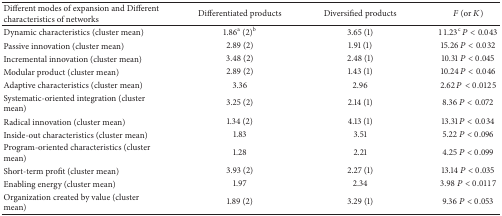
<table><thead><tr><td><b>Different modes of expansion and Different characteristics of networks</b></td><td><b>Differentiated products</b></td><td><b>Diversified products</b></td><td><b><i>F</i> (or <i>K</i>)</b></td></tr></thead><tbody><tr><td>Dynamic characteristics (cluster mean)</td><td>1.86<sup>a</sup> (2)<sup>b</sup></td><td>3.65 (1)</td><td>11.23<sup>c</sup> <i>P</i> &lt; 0.043</td></tr><tr><td>Passive innovation (cluster mean)</td><td>2.89 (2)</td><td>1.91 (1)</td><td>15.26 <i>P</i> &lt; 0.032</td></tr><tr><td>Incremental innovation (cluster mean)</td><td>3.48 (2)</td><td>2.48 (1)</td><td>10.31 <i>P</i> &lt; 0.045</td></tr><tr><td>Modular product (cluster mean)</td><td>2.89 (2)</td><td>1.43 (1)</td><td>10.24 <i>P</i> &lt; 0.046</td></tr><tr><td>Adaptive characteristics (cluster mean)</td><td>3.36</td><td>2.96</td><td>2.62 <i>P</i> &lt; 0.0125</td></tr><tr><td>Systematic-oriented integration (cluster mean)</td><td>3.25 (2)</td><td>2.14 (1)</td><td>8.36 <i>P</i> &lt; 0.072</td></tr><tr><td>Radical innovation (cluster mean)</td><td>1.34 (2)</td><td>4.13 (1)</td><td>13.31 P &lt; 0.034</td></tr><tr><td>Inside-out characteristics (cluster mean)</td><td>1.83</td><td>3.51</td><td>5.22 P &lt; 0.096</td></tr><tr><td>Program-oriented characteristics (cluster mean)</td><td>1.28</td><td>2.21</td><td>4.25 P &lt; 0.099</td></tr><tr><td>Short-term profit (cluster mean)</td><td>3.93 (2)</td><td>2.27 (1)</td><td>13.14 P &lt; 0.035</td></tr><tr><td>Enabling energy (cluster mean)</td><td>1.97</td><td>2.34</td><td>3.98 P &lt; 0.0117</td></tr><tr><td>Organization created by value (cluster mean)</td><td>1.89 (2)</td><td>3.29 (1)</td><td>9.36 <i>P</i> &lt; 0.053</td></tr></tbody></table>